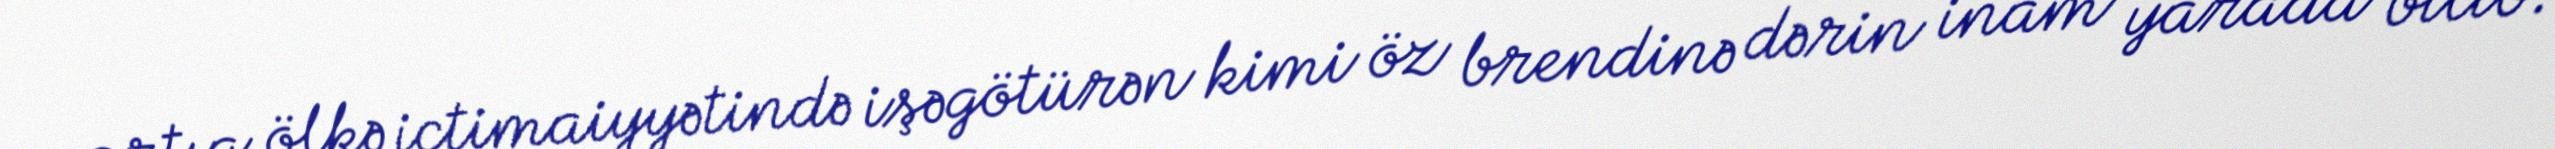
artıq ölkə ictimaiyyətində işəgötürən kimi öz brendinə dərin inam yarada bilib.